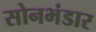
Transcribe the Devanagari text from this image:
सोनभंडार